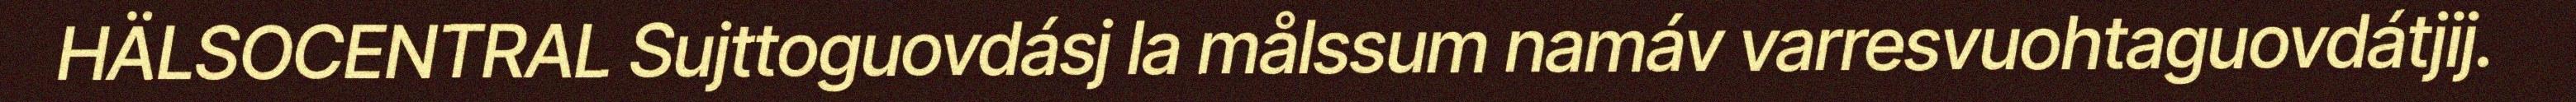
HÄLSOCENTRAL Sujttoguovdásj la målssum namáv varresvuohtaguovdátjij.